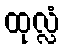
ထုလ္လံ